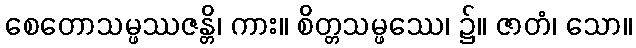
စေတောသမ္ဖဿဇန္တိ၊ ကား။ စိတ္တသမ္ဖဿေ၊ ၌။ ဇာတံ၊ သော။